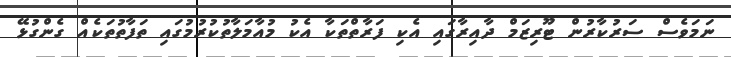
ނަމަވެސް ސަރުކާރުން ޓޫރިޒަމް ދާއިރާގައި އެކި ފަރާތްތަކާ އެކު މުއާމަލާތުކުރުމުގައި ތަފާތުތަކެއް ގެންގުޅޭ